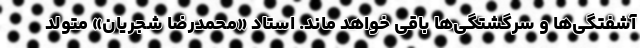
آشفتگی‌ها و سرگشتگی‌ها باقی خواهد ماند. استاد «محمدرضا شجریان» متولدِ